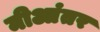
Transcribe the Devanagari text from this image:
मीआंतर